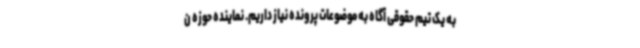
به یک تیم حقوقی آگاه به موضوعات پرونده نیاز داریم. نماینده حوزه ن